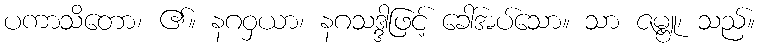
ပကာသိတော၊ ၏။ နဂဝှယာ၊ နဂသဒ္ဒါဖြင့် ခေါ်အပ်သော။ သာ ဇမ္ဗူ၊ သည်။